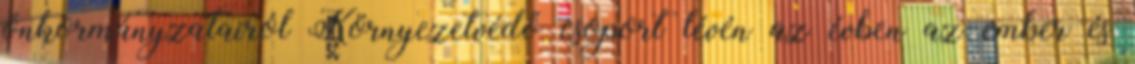
önkormányzatairól Környezetvédő csoport lévén az évben az ember és